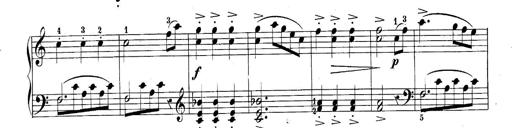
Title: 10 Sonatines progressives
Composer: Anton Schmoll